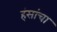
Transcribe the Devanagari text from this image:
हंसांचा